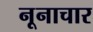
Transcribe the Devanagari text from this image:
नूनाचार